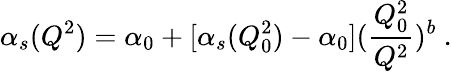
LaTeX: \alpha_{s}(Q^{2})=\alpha_{0}+[\alpha_{s}(Q_{0}^{2})-\alpha_{0}]({\frac{Q_{0}^{2}}{Q^{2}}})^{b}~.